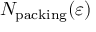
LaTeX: N _ { \mathrm { { p a c k i n g } } } ( \varepsilon )